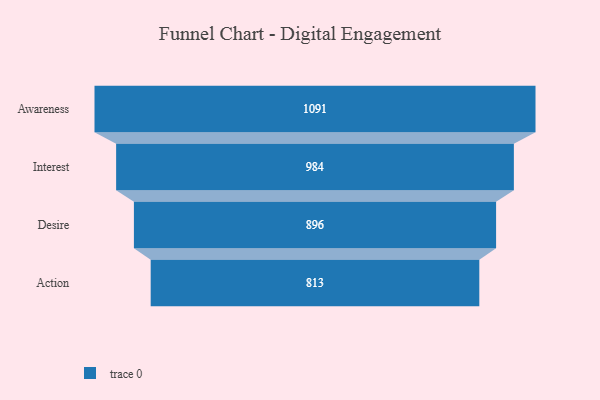
{"axis": {"x": "Stage", "y": "Value"}, "legend": [""], "data": [{"x": "Awareness", "y": 1091.0, "type": ""}, {"x": "Interest", "y": 984.0, "type": ""}, {"x": "Desire", "y": 896.0, "type": ""}, {"x": "Action", "y": 813.0, "type": ""}]}